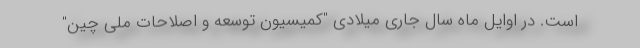
است. در اوایل ماه سال جاری میلادی "کمیسیون توسعه و اصلاحات ملی چین"